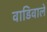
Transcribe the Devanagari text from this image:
वाडिवाले